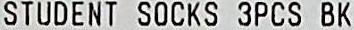
STUDENT SOCKS 3PCS BK